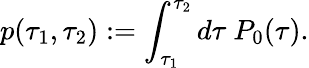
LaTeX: p(\tau_{1},\tau_{2}):=\int_{\tau_{1}}^{\tau_{2}}d\tau~P_{0}(\tau).